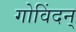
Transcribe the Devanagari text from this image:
गोविंदन्